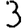
Digit: 3